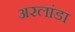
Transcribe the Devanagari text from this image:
अरलांडा